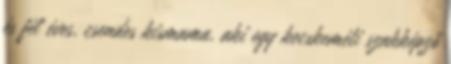
és fél éves, csendes kismama, aki egy kecskeméti szakképző